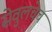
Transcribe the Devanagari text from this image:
सेवुलचेच